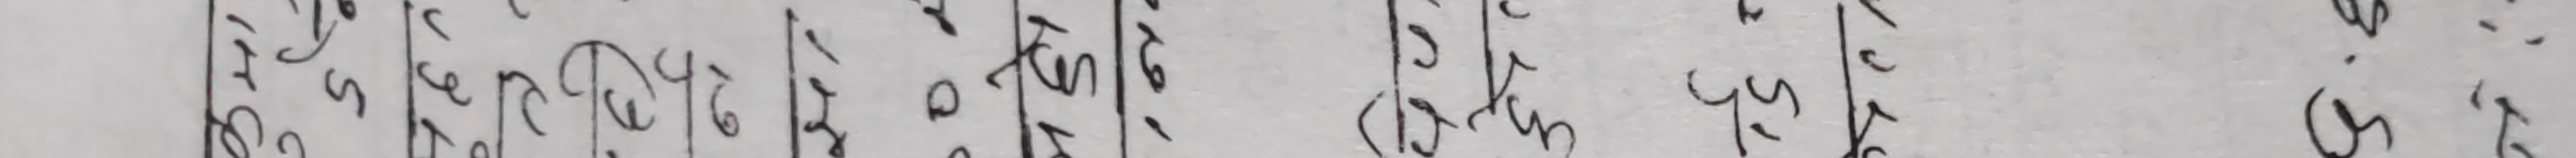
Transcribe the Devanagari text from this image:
३१/५/०७३।६।१४३/५/०७४।५।३१/५/०७६।५